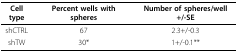
<table><thead><tr><td><b>Cell type</b></td><td><b>Percent wells with spheres</b></td><td><b>Number of spheres/well+/-SE</b></td></tr></thead><tbody><tr><td>shCTRL</td><td>67</td><td>2.3+/-0.3</td></tr><tr><td>shTW</td><td>30*</td><td>1+/-0.1**</td></tr></tbody></table>